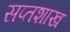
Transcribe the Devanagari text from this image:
सप्तशाख